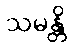
သမန္တိ